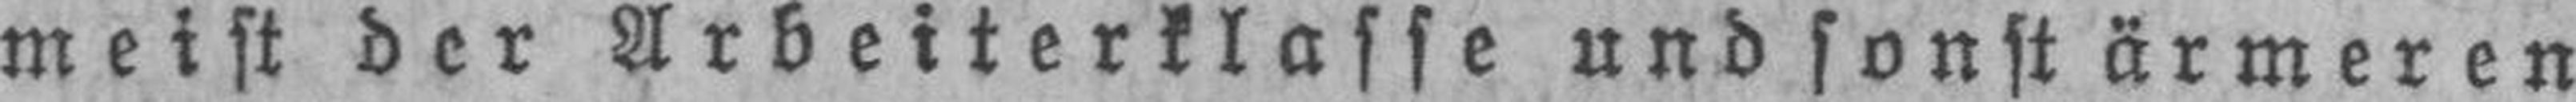
meist der Arbeiterklasse und sonst ärmeren